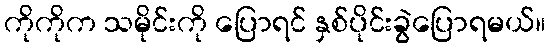
ကိုကိုက သမိုင်းကို ပြောရင် နှစ်ပိုင်းခွဲပြောရမယ်။